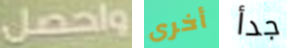
واحصل أخرى جدأ